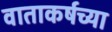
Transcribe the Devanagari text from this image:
वाताकर्षच्या